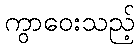
ကွာဝေးသည့်